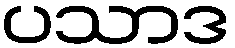
ပသာဒ